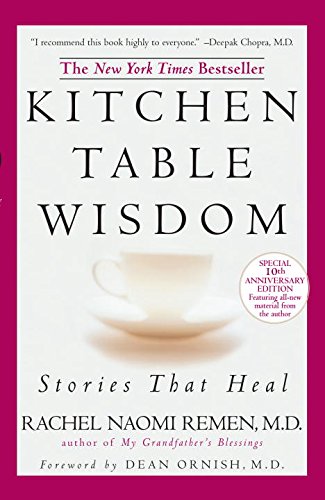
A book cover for Kitchen Table Wisdom 10th Anniversary (Deckle edge); Rachel Naomi Remen; Cookbooks, Food & Wine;